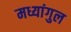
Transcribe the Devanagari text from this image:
मध्यांगुल